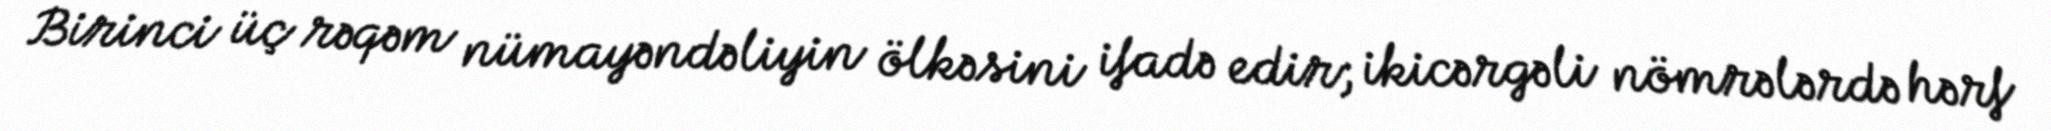
Birinci üç rəqəm nümayəndəliyin ölkəsini ifadə edir; ikicərgəli nömrələrdə hərf